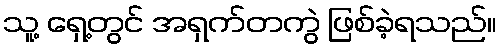
သူ့ ရှေ့တွင် အရှက်တကွဲ ဖြစ်ခဲ့ရသည်။